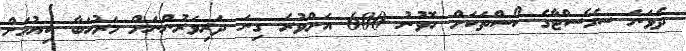
ދެވަނަ ސެމެސްޓާގެ ކޯސްތަކަށް ހޮވުނު 600 އަށްވުރެ ގިނަ ދަރިވަރުންނަށް މަރުހަބާ ކިޔުމަށް